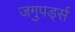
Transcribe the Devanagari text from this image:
जगुपर्ड्स